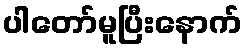
ပါတော်မူပြီးနောက်